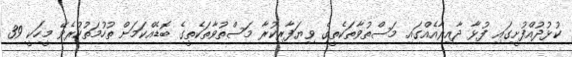
ކުޅުދުއްފުށީގައި ފުޅާ ދާއިރާއެއްގައި މަސްތުވާތަކެތީގެ ވިޔަފާރިކުރާ މަސްތުވާތަކެތީގެ ބޮޑެއްކަމަށް ތުހުމަތުކުރެވޭ މީހަކީ 39